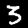
Label: 3